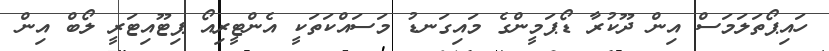
ހައިޕޯތަލަމަސް އިން ދޫކުރާ ޑޯޕަމީންގެ މައިގަނޑު މަސައްކަތަކީ އެންޓީރިއޯ ޕިޓޫއިޓަރީ ލޯބް އިން